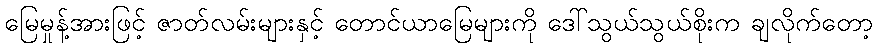
မြေမှုန့်အားဖြင့် ဇာတ်လမ်းများနှင့် တောင်ယာမြေများကို ဒေါ်သွယ်သွယ်စိုးက ချလိုက်တော့